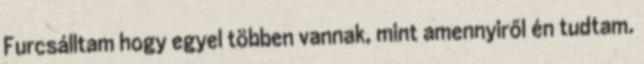
Furcsálltam hogy egyel többen vannak, mint amennyiről én tudtam.